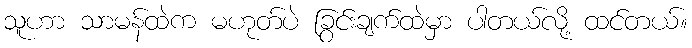
သူဟာ သာမန်ထဲက မဟုတ်ပဲ ခြွင်းချက်ထဲမှာ ပါတယ်လို့ ထင်တယ်။